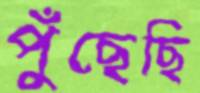
পুঁছেছি